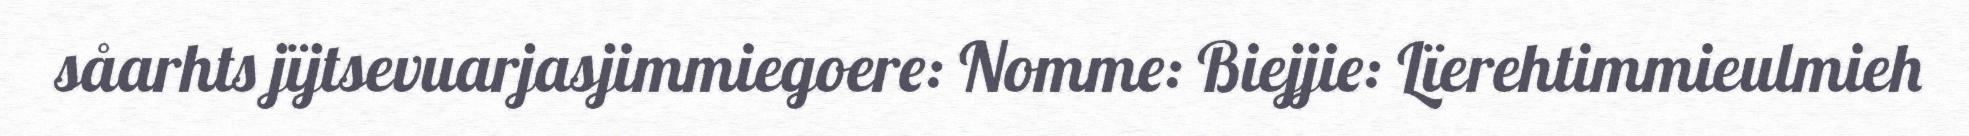
såarhts jïjtsevuarjasjimmiegoere: Nomme: Biejjie: Lïerehtimmieulmieh